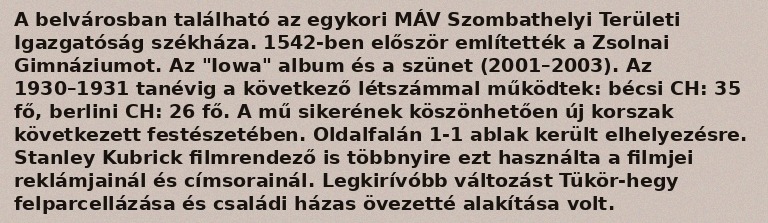
A belvárosban található az egykori MÁV Szombathelyi Területi Igazgatóság székháza. 1542-ben először említették a Zsolnai Gimnáziumot. Az "Iowa" album és a szünet (2001–2003). Az 1930–1931 tanévig a következő létszámmal működtek: bécsi CH: 35 fő, berlini CH: 26 fő. A mű sikerének köszönhetően új korszak következett festészetében. Oldalfalán 1-1 ablak került elhelyezésre. Stanley Kubrick filmrendező is többnyire ezt használta a filmjei reklámjainál és címsorainál. Legkirívóbb változást Tükör-hegy felparcellázása és családi házas övezetté alakítása volt.